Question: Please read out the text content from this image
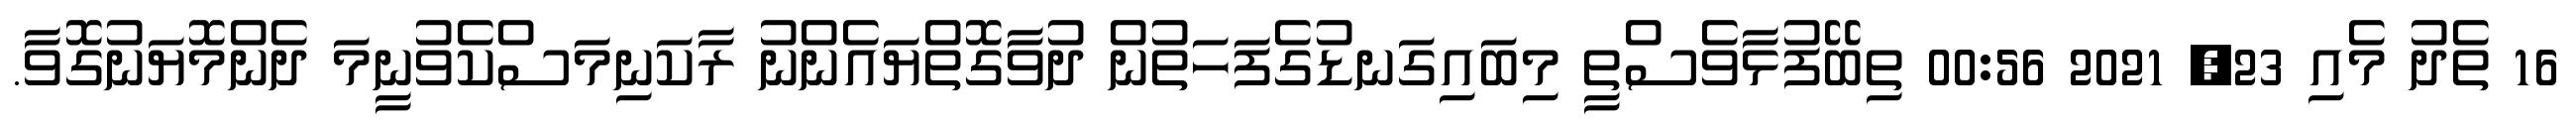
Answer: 16 ތެދު މެއި 23, 2021 00:56 ތިބޭފުޅާވެސްތީ މިބައިގަނޑުގެފަހަތުން ދުވާގޮތްޔައެންނު ރާކަނިމަސްކެވުނީމަ ދެންމޮޔަނުގޮވާ.